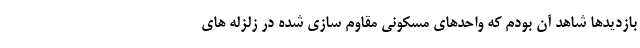
بازدیدها شاهد آن بودم که واحدهای مسکونی مقاوم سازی شده در زلزله های